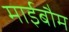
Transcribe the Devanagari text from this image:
माईबौम